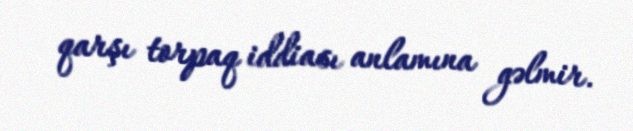
qarşı torpaq iddiası anlamına gəlmir.